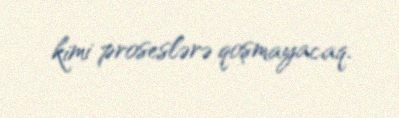
kimi proseslərə qoşmayacaq.